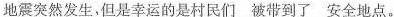
地震突然发生,但是幸运的是村民们\underline{被带到了}安全地点.